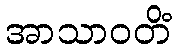
အာသာဝတိံ